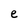
Character: e